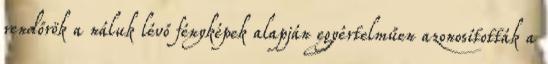
rendőrök a náluk lévő fényképek alapján egyértelműen azonosították a